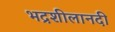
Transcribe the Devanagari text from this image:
भद्रशीलानदी